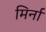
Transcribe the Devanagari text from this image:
मिर्ना